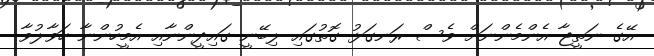
އޭގެ ނަތީޖާ އެންމެންނަށް ވެސް ރަނގަޅު ގޮތުގައި ލިބޭނީ ގައިދީންނާއި އެމީހުންނާ ހަވާލުވާ